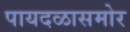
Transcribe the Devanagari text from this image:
पायदळासमोर